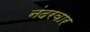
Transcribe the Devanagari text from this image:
नंदरवार